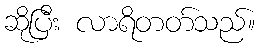
ဆိုပြီး လာရိတတ်သည်။